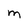
Character: m